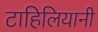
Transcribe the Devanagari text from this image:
टाहिलियानी